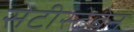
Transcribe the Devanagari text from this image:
सेटीस्‍टेबेन